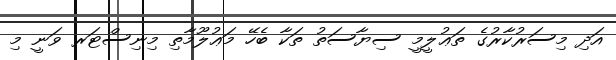
އަދި މިސަރުކާރުގެ ތަޢުލީމީ ސިޔާސަތު ތަކާ ބެހޭ މަޢުލޫމާތި މިނިސްޓަރ ވަނީ މި